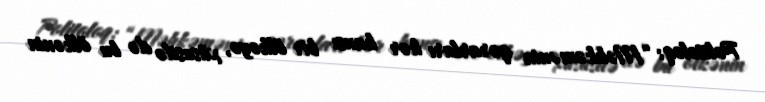
Politoloq: “Məhkəmənin qərarları hər hansı bir ölkəyə, xüsusilə də bu ölkənin